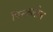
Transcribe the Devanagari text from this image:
पिन्कलोन